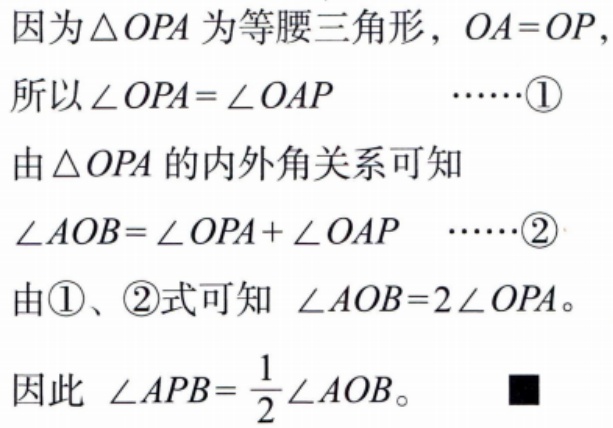
因为$\triangle OPA$为等腰三角形，$OA = OP$，
所以$\angle OPA=\angle OAP$  $\cdots\cdots$\textcircled{1}
由$\triangle OPA$的内外角关系可知
$\angle AOB=\angle OPA+\angle OAP$  $\cdots\cdots$\textcircled{2}
由\textcircled{1}、\textcircled{2}式可知 $\angle AOB = 2\angle OPA$。
因此 $\angle APB=\frac{1}{2}\angle AOB$。 $\blacksquare$